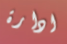
ادارة